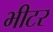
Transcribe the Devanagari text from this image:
भीटर